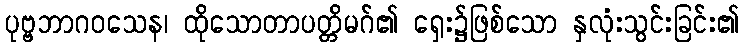
ပုဗ္ဗဘာဂဝသေန၊ ထိုသောတာပတ္တိမဂ်၏ ရှေး၌ဖြစ်သော နှလုံးသွင်းခြင်း၏